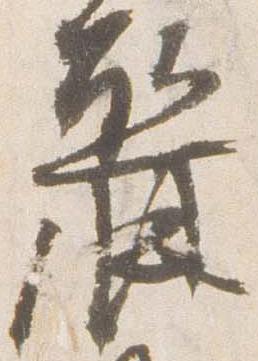
麗